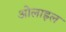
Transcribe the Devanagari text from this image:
ओलाइल